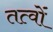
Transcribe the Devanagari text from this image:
तत्वोंं